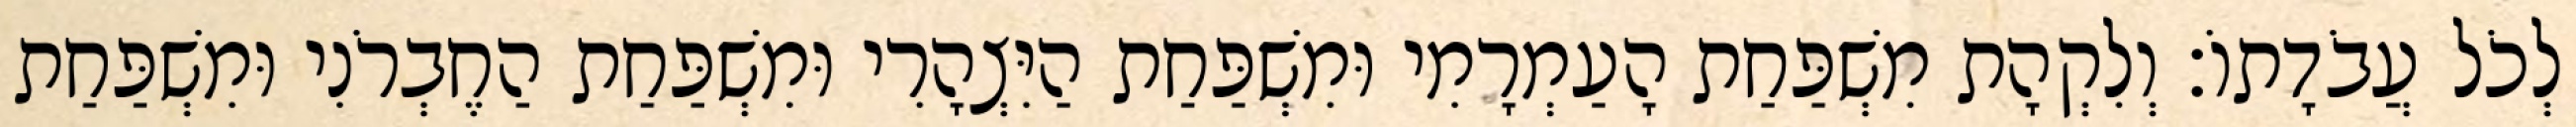
לְכֹל עֲבֹדָתוֹ׃ וְלִקְהָת מִשְׁפַּחַת הָעַמְרָמִי וּמִשְׁפַּחַת הַיִּצְהָרִי וּמִשְׁפַּחַת הַחֶבְרֹנִי וּמִשְׁפַּחַת